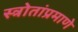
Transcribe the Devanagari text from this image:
स्त्रोतांप्रमाणे